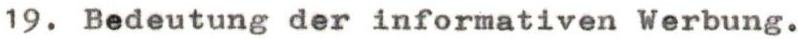
19. Bedeutung der informativen Werbung.